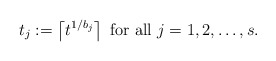
\begin{align*}t_j:=\left\lceil t^{1/b_j}\right\rceil\ \mbox{for all } j=1,2,\ldots,s.\end{align*}